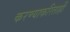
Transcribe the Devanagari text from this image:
करण्याकरिताही